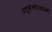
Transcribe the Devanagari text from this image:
न्यूमेनोएक्टोमी